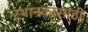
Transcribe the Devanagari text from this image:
स्थानकांसाठी